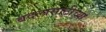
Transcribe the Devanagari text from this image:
बदलासाठीच्या